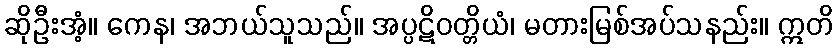
ဆိုဦးအံ့။ ကေန၊ အဘယ်သူသည်။ အပ္ပဋိဝတ္တိယံ၊ မတားမြစ်အပ်သနည်း။ ဣတိ